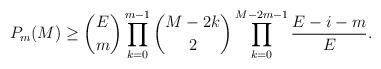
LaTeX: \begin{align*}P_m(M)\geq \binom{E}{m}\prod_{k=0}^{m-1}\binom{M-2k}{2}\prod_{k=0}^{M-2m-1}\frac{E-i-m}{E}.\end{align*}